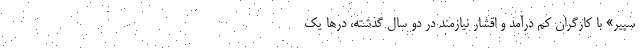
سپیر» با کارگران کم درآمد و اقشار نیازمند در دو سال گذشته، درها یک